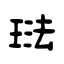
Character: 琺